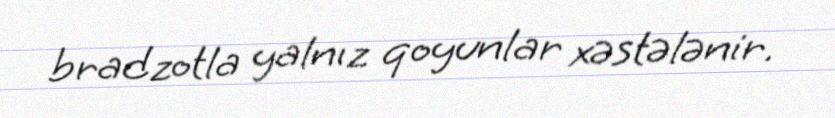
bradzotla yalnız qoyunlar xəstələnir.